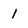
Character: 1